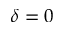
\delta = 0